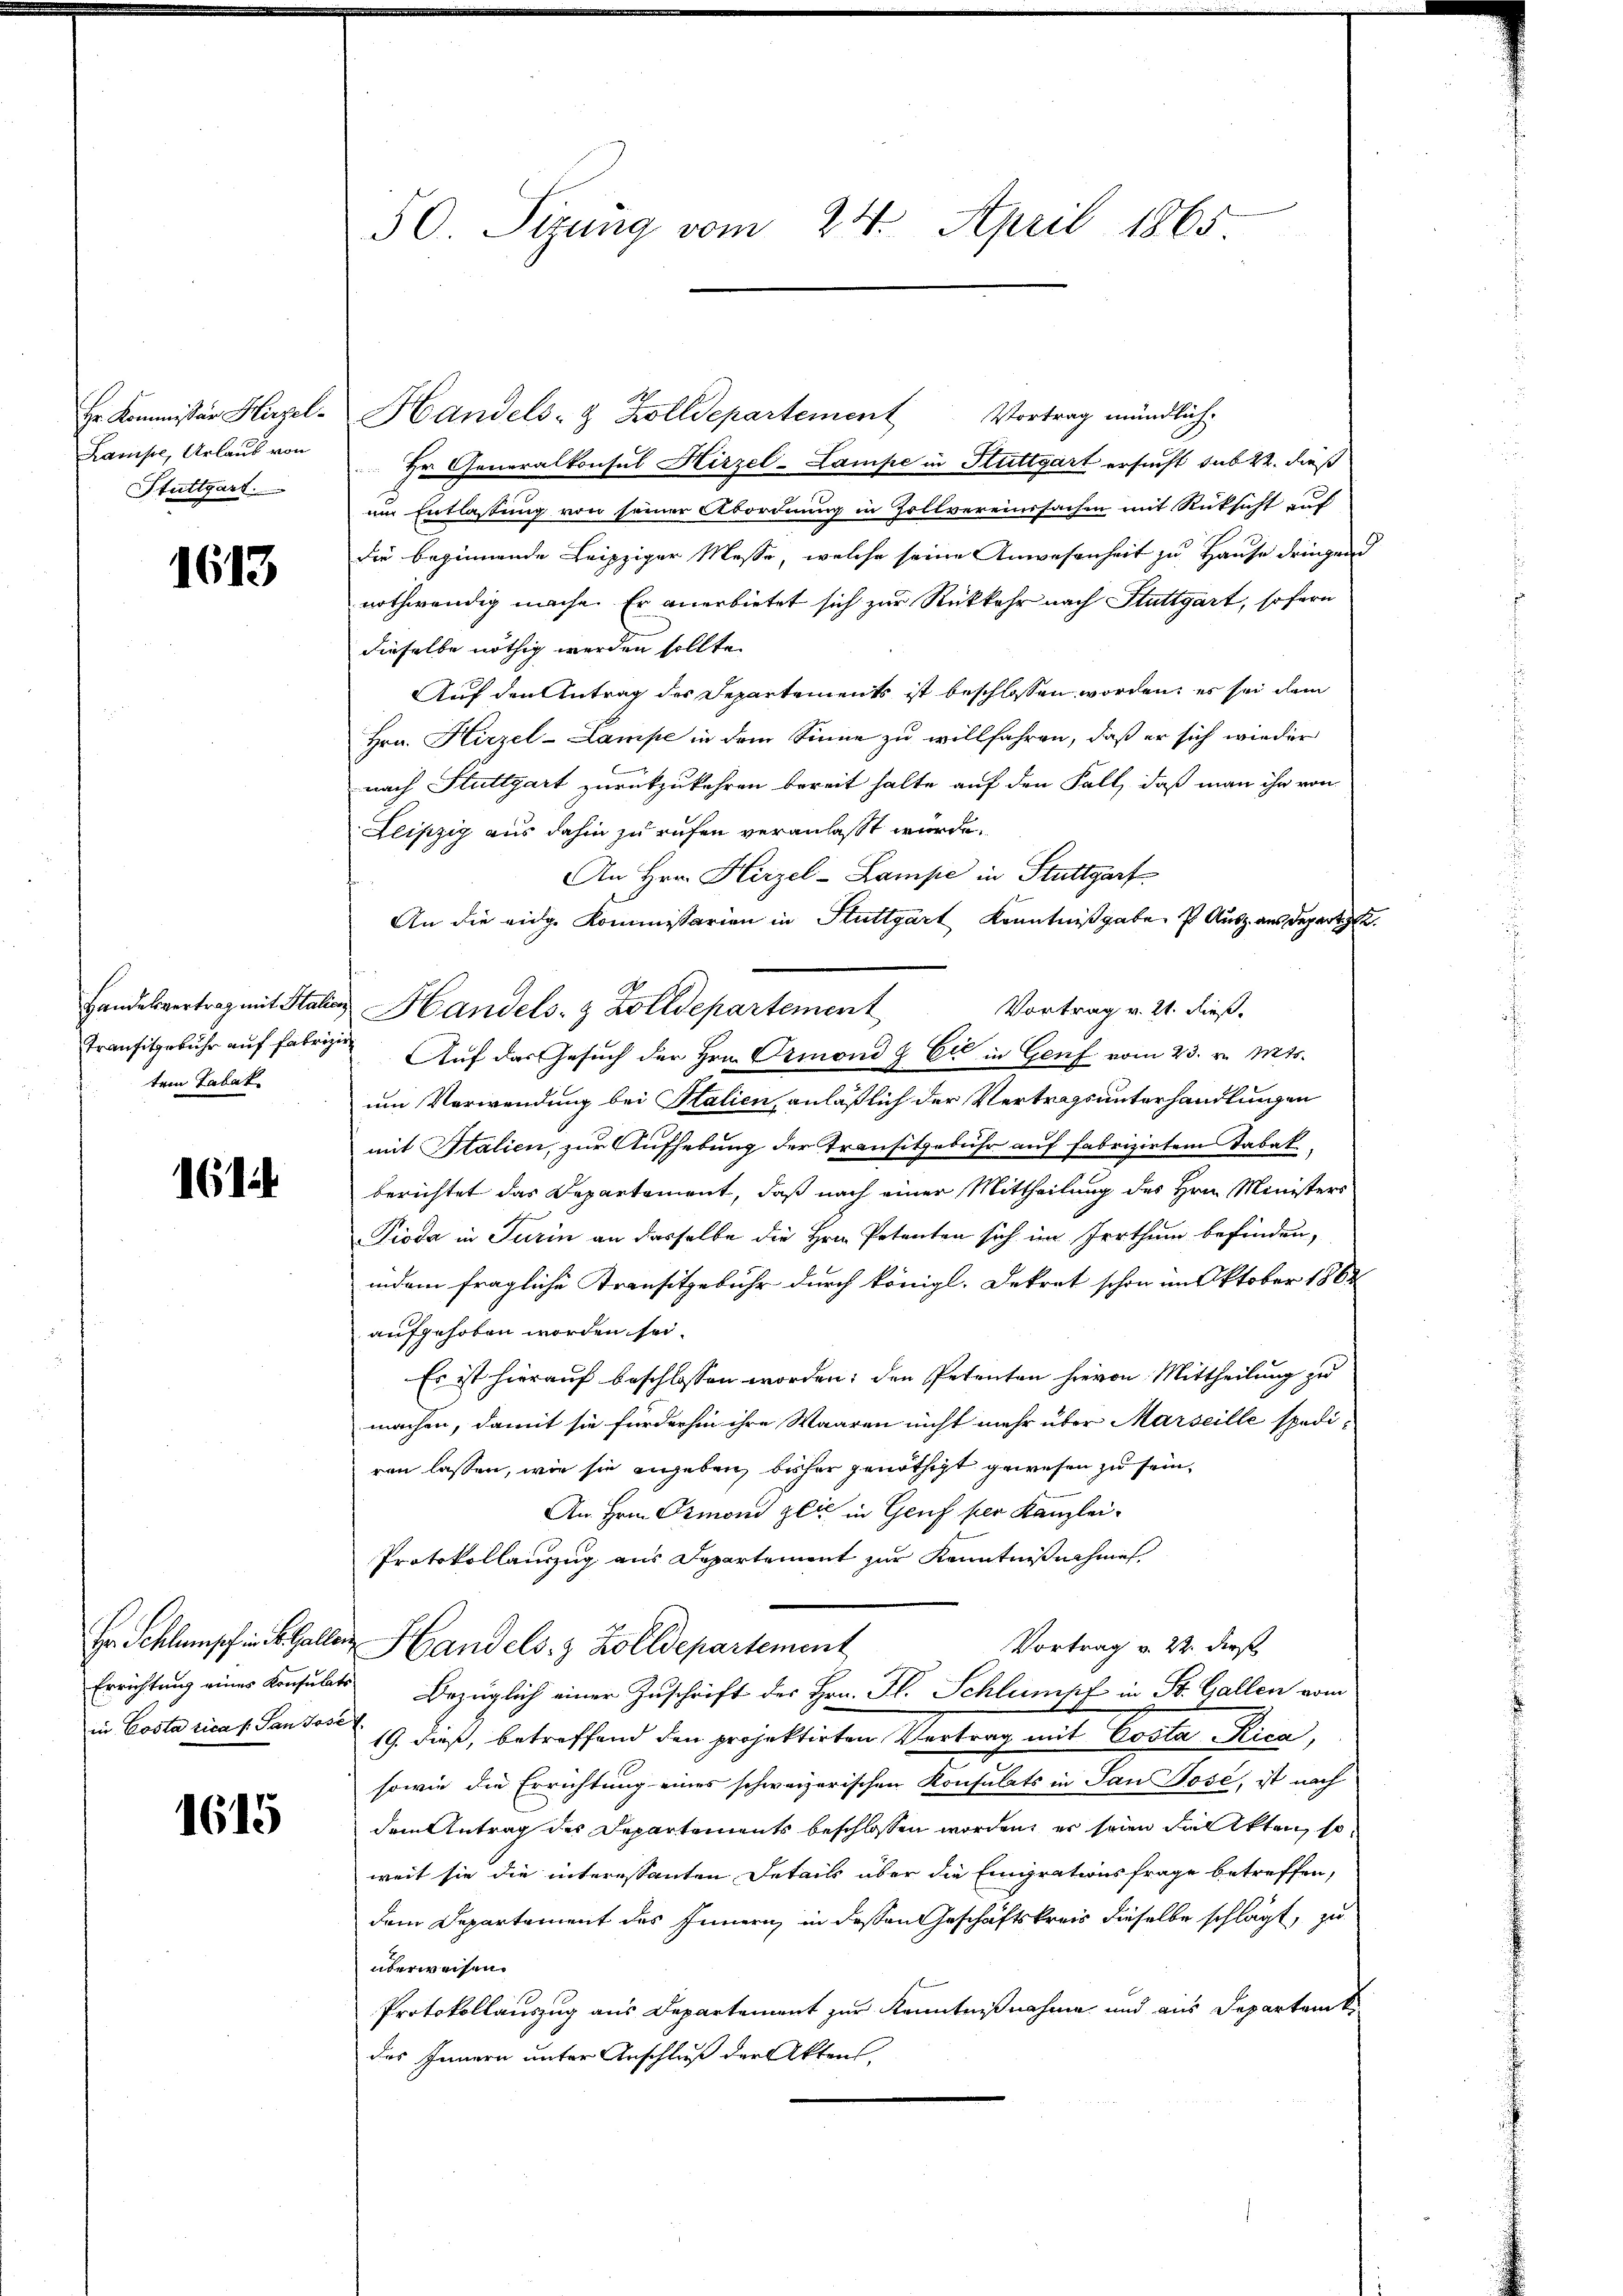
Hr. Kommissär Hirzel
Kamise, Urlaub von
Stuttgart

1613

Handelsvertrag mit Stali
Transitgebühr auf Fabriz
tem Tabak

161

Er Schlusch in R. Galler
Errichtung eines Konsulate
in Costa sica s. San Jose

1615

50. Sizung vom 24. April 1865

Vortrag mündlich.
Handels- & Zolldepartement
Zu Generalkonsul Hirzel-Lampe in Stuttgart ersucht sub 22. dieß
um Entlassung von seiner Abordnung in Zollvereinssachen mit Rücksicht auf
die beginnende Leipziger Messe, welche seine Anwesenheit zu Hause dringend
nothwendig mache. Er anerbietet sich zur Rückkehr nach Stuttgart, sofern
dieselbe nöthig werden sollte.
Auf den Antrag des Departements ist beschlossen worden, es sei dem
Hrn. Hirzel-Lampe in dem Sinne zu willfahren, daß er sich wieder
nach Stuttgart zurückzukehren bereit halte auf den Fall, daß man ihn von
Leipzig aus dahin zu rufen veranlasst würde.
An Hrn. Hirzel-Lampe in Stuttgart
An die eidge Kommissarien in Stuttgart Kenntnißgabe f. Ausz aus depertigt.
Vortrag v. 21. dieß.
Auf das Gesuch der Hrn. Ormond & Cie in Genf vom 23. v. Mts.
um Verwendung bei Stalien, anläßlich der Vertragsunterhandlungen
mit Stalien, zur Aufhebung der Transitzebühr auf Fabrizirten Tabat
berichtet das Departement, daß nach einer Mittheilung des Hrn. Ministers
Pioda in Turin an dasselbe die Hrn. Petenten sich im Irrthum befinden,
indem fragliche Transitzebühr durch königl. Dekret schon im Oktober 1862
aufgehoben worden sei.
Es ist hierauf beschlossen worden; den Petenten hievon Mittheilung zu
machen, damit sie fürderhin ihre Waaren nicht mehr über Marseille spediren lassen, wie sie angeben, bisher genöthigt gewesen zu sein,
An Hrn. Ormond zeit in Genf per Kanzlei-
Protokollauszug aus Departement zur Kenntnisnehmen
Vortrag v. 22. dieß
Handels- & Zolldepartement
Bezüglich einer Zuschrift des Hrn. Fl. Schlumpf in St. Gallen vom
19. dieß, betreffend den projektirten Vertrag mit Costa Rica,
sowie die Errichtung eines schweizerischen Konsulats in San Jose, ist nach
dem Antrag des Departements beschlossen worden, er seien die Akten, so
weit sie die interessanten Details über die Eingrationsfrage betreffen,
dem Departement des Innern, in dessen Geschäftskreis dieselbe schlägt, zu
überweisen.
Protokollauszug aus Departement zur Kenntnißnahme und aus Departenk
des Innern unter Anschluß der Aktens

Handels- & Zolldepartement